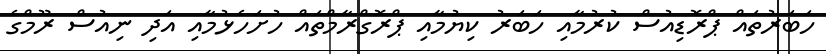
ހަބަރުތައް ޕްރޮޑިއުސް ކުރުމާއި ހަބަރު ކިޔުމާއި ޕްރޮގްރާމްތައް ހުށަހެޅުމާއި އަދި ނިއުސް ރޫމްގެ